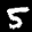
Label: 5